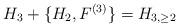
LaTeX: \begin{align*}H_3+\{H_2, F^{(3)}\}=H_{3, \geq 2}\end{align*}